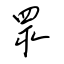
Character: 眾